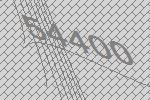
54400